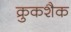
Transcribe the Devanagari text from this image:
क्रुकशैक